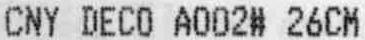
CNY DECO A002# 26CM